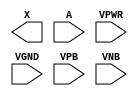
module sky130_fd_sc_hd__clkdlybuf4s25 (
    X   ,
    A   ,
    VPWR,
    VGND,
    VPB ,
    VNB
);

    output X   ;
    input  A   ;
    input  VPWR;
    input  VGND;
    input  VPB ;
    input  VNB ;
endmodule